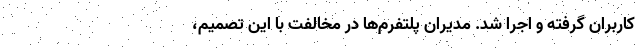
کاربران گرفته و اجرا شد. مدیران پلتفرم‌ها در مخالفت با این تصمیم،